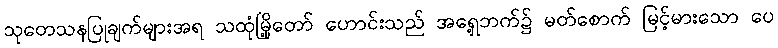
သုတေသနပြုချက်များအရ သထုံမြို့တော် ဟောင်းသည် အရှေ့ဘက်၌ မတ်စောက် မြင့်မားသော ပေ